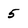
Character: 5